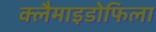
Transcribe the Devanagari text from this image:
क्लैमाइडोफिला